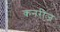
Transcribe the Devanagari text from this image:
कनरीज़